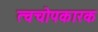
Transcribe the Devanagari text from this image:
त्वचोपकारक